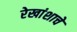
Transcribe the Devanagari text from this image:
रेखांशाचे